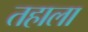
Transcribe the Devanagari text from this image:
तहाला